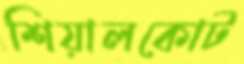
শিয়ালকোট